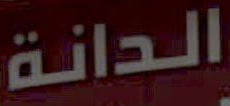
الدانة